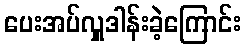
ပေးအပ်လှူဒါန်းခဲ့ကြောင်း